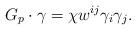
LaTeX: \begin{align*} G_p\cdot \gamma = \chi w^{ij}\gamma_i\gamma_j.\end{align*}